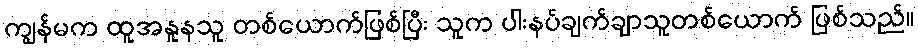
ကျွန်မက ထူအနူနသူ တစ်ယောက်ဖြစ်ပြီး သူက ပါးနပ်ချက်ချာသူတစ်ယောက် ဖြစ်သည်။